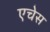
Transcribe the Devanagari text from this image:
एचेस